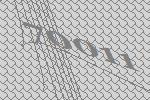
70011